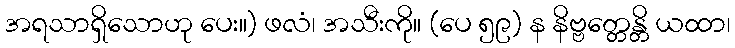
အရသာရှိသောဟု ပေး။) ဖလံ၊ အသီးကို။ (ပေ ၅၉) န နိဗ္ဗတ္တေန္တိ ယထာ၊